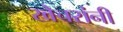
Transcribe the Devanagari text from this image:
खेचरांनी